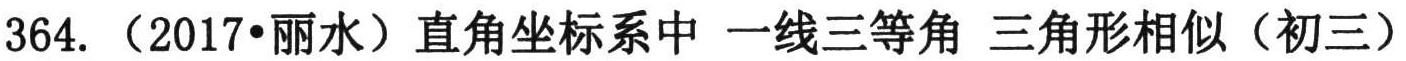
364. （2017•丽水）直角坐标系中 一线三等角 三角形相似（初三）